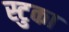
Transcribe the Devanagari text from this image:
स्टुका